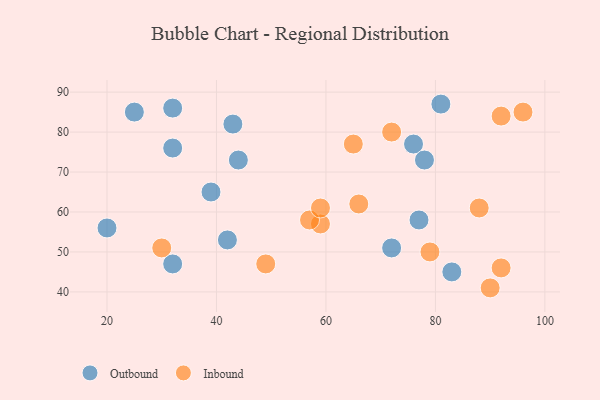
{"axis": {"x": "GDP", "y": "Life Expectancy"}, "legend": ["Inbound", "Outbound"], "data": [{"x": "32", "y": 76, "type": "Outbound"}, {"x": "72", "y": 51, "type": "Outbound"}, {"x": "20", "y": 56, "type": "Outbound"}, {"x": "42", "y": 53, "type": "Outbound"}, {"x": "76", "y": 77, "type": "Outbound"}, {"x": "78", "y": 73, "type": "Outbound"}, {"x": "32", "y": 86, "type": "Outbound"}, {"x": "43", "y": 82, "type": "Outbound"}, {"x": "25", "y": 85, "type": "Outbound"}, {"x": "83", "y": 45, "type": "Outbound"}, {"x": "77", "y": 58, "type": "Outbound"}, {"x": "39", "y": 65, "type": "Outbound"}, {"x": "44", "y": 73, "type": "Outbound"}, {"x": "81", "y": 87, "type": "Outbound"}, {"x": "32", "y": 47, "type": "Outbound"}, {"x": "96", "y": 85, "type": "Inbound"}, {"x": "30", "y": 51, "type": "Inbound"}, {"x": "90", "y": 41, "type": "Inbound"}, {"x": "72", "y": 80, "type": "Inbound"}, {"x": "88", "y": 61, "type": "Inbound"}, {"x": "92", "y": 84, "type": "Inbound"}, {"x": "59", "y": 57, "type": "Inbound"}, {"x": "65", "y": 77, "type": "Inbound"}, {"x": "79", "y": 50, "type": "Inbound"}, {"x": "57", "y": 58, "type": "Inbound"}, {"x": "92", "y": 46, "type": "Inbound"}, {"x": "66", "y": 62, "type": "Inbound"}, {"x": "59", "y": 61, "type": "Inbound"}, {"x": "49", "y": 47, "type": "Inbound"}]}